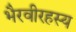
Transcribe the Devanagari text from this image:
भैरवीरहस्य